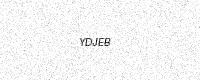
Text: YDJEB